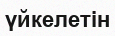
үйкелетін